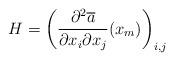
LaTeX: \begin{align*}H=\left(\frac{\partial^2 \overline{a}}{\partial x_i\partial x_j}(x_m)\right)_{i,j}\end{align*}